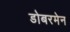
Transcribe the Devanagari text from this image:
डोबरमेन